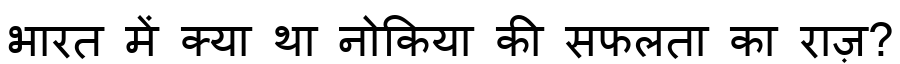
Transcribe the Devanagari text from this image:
भारत में क्या था नोकिया की सफलता का राज़?